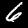
Digit: 6